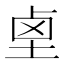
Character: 𱊺